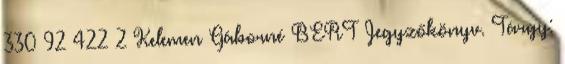
330 92 422 2 Kelemen Gáborné BERT Jegyzőkönyv. Tárgy: